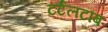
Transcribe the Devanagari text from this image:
टर्टलटौब